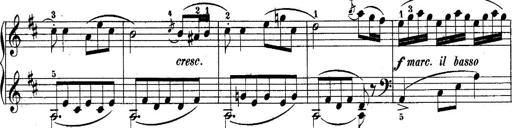
Title: 10 Sonatines progressives
Composer: Anton Schmoll